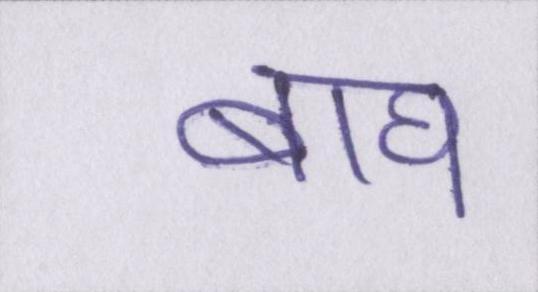
बाघ